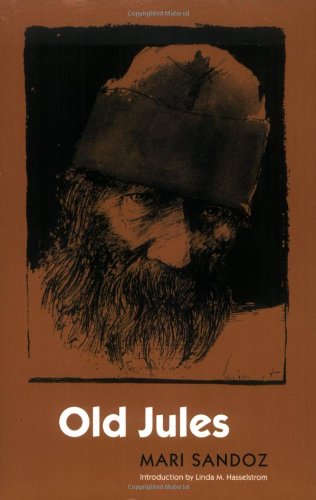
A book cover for Old Jules; Mari Sandoz; Biographies & Memoirs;